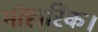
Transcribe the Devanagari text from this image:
नीहारिक।